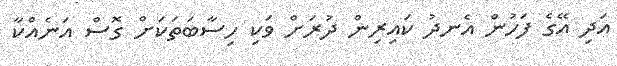
އަދި އޭގެ ފަހުން އެނދު ކައިރިން ދުރަށް ވަކި ހިސާބަތަކަށް ގޮސް އަނެއްކާ